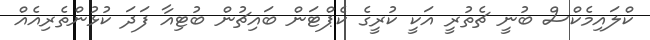
ކްލައިމެކްސް ބުނީ ޗެތުރީ އަކީ ކުރީގެ ކެޕްޓަން ބައިޗުން ބުޓިއާ ފަދަ ކުޅުންތެރިއެއް